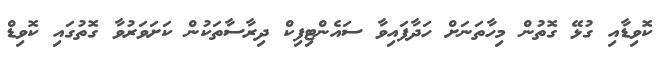
ކޮވިޑާއި ގުޅޭ ގޮތުން މިހާތަނަށް ހަދާފައިވާ ސައެންޓިފިކް ދިރާސާތަކުން ކަށަވަރުވާ ގޮތުގައި ކޮވިޑް